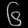
Digit: ၆